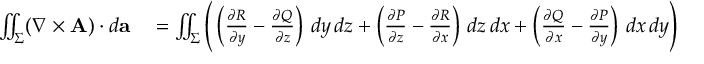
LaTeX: \begin{array} { r l } { \iint _ { \Sigma } ( \nabla \times \mathbf { A } ) \cdot d \mathbf { a } } & { { } = \iint _ { \Sigma } { \Bigg ( } \left( { \frac { \partial R } { \partial y } } - { \frac { \partial Q } { \partial z } } \right) \, d y \, d z + \left( { \frac { \partial P } { \partial z } } - { \frac { \partial R } { \partial x } } \right) \, d z \, d x + \left( { \frac { \partial Q } { \partial x } } - { \frac { \partial P } { \partial y } } \right) \, d x \, d y { \Bigg ) } } \end{array}